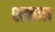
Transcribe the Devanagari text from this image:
शक्तता